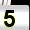
Digit: 5